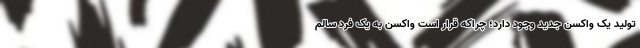
تولید یک واکسن جدید وجود دارد؛ چراکه قرار است واکسن به یک فرد سالم